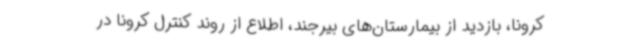
کرونا، بازدید از بیمارستان‌های بیرجند، اطلاع از روند کنترل کرونا در